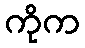
ကိုက